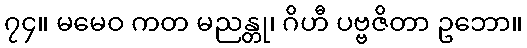
၇၄။ မမေဝ ကတ မညန္တု၊ ဂိဟီ ပဗ္ဗဇိတာ ဥဘော။